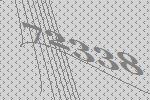
72338